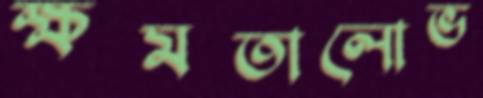
ক্ষমতালোভ